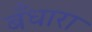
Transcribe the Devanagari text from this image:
बँधारा